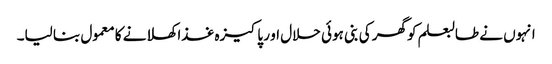
انہوں نے طالبعلم کوگھر کی بنی ہوئی حلال او ر پاکیزہ غذا کھلانے کا معمول بنا لیا۔